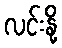
လင်းနို့